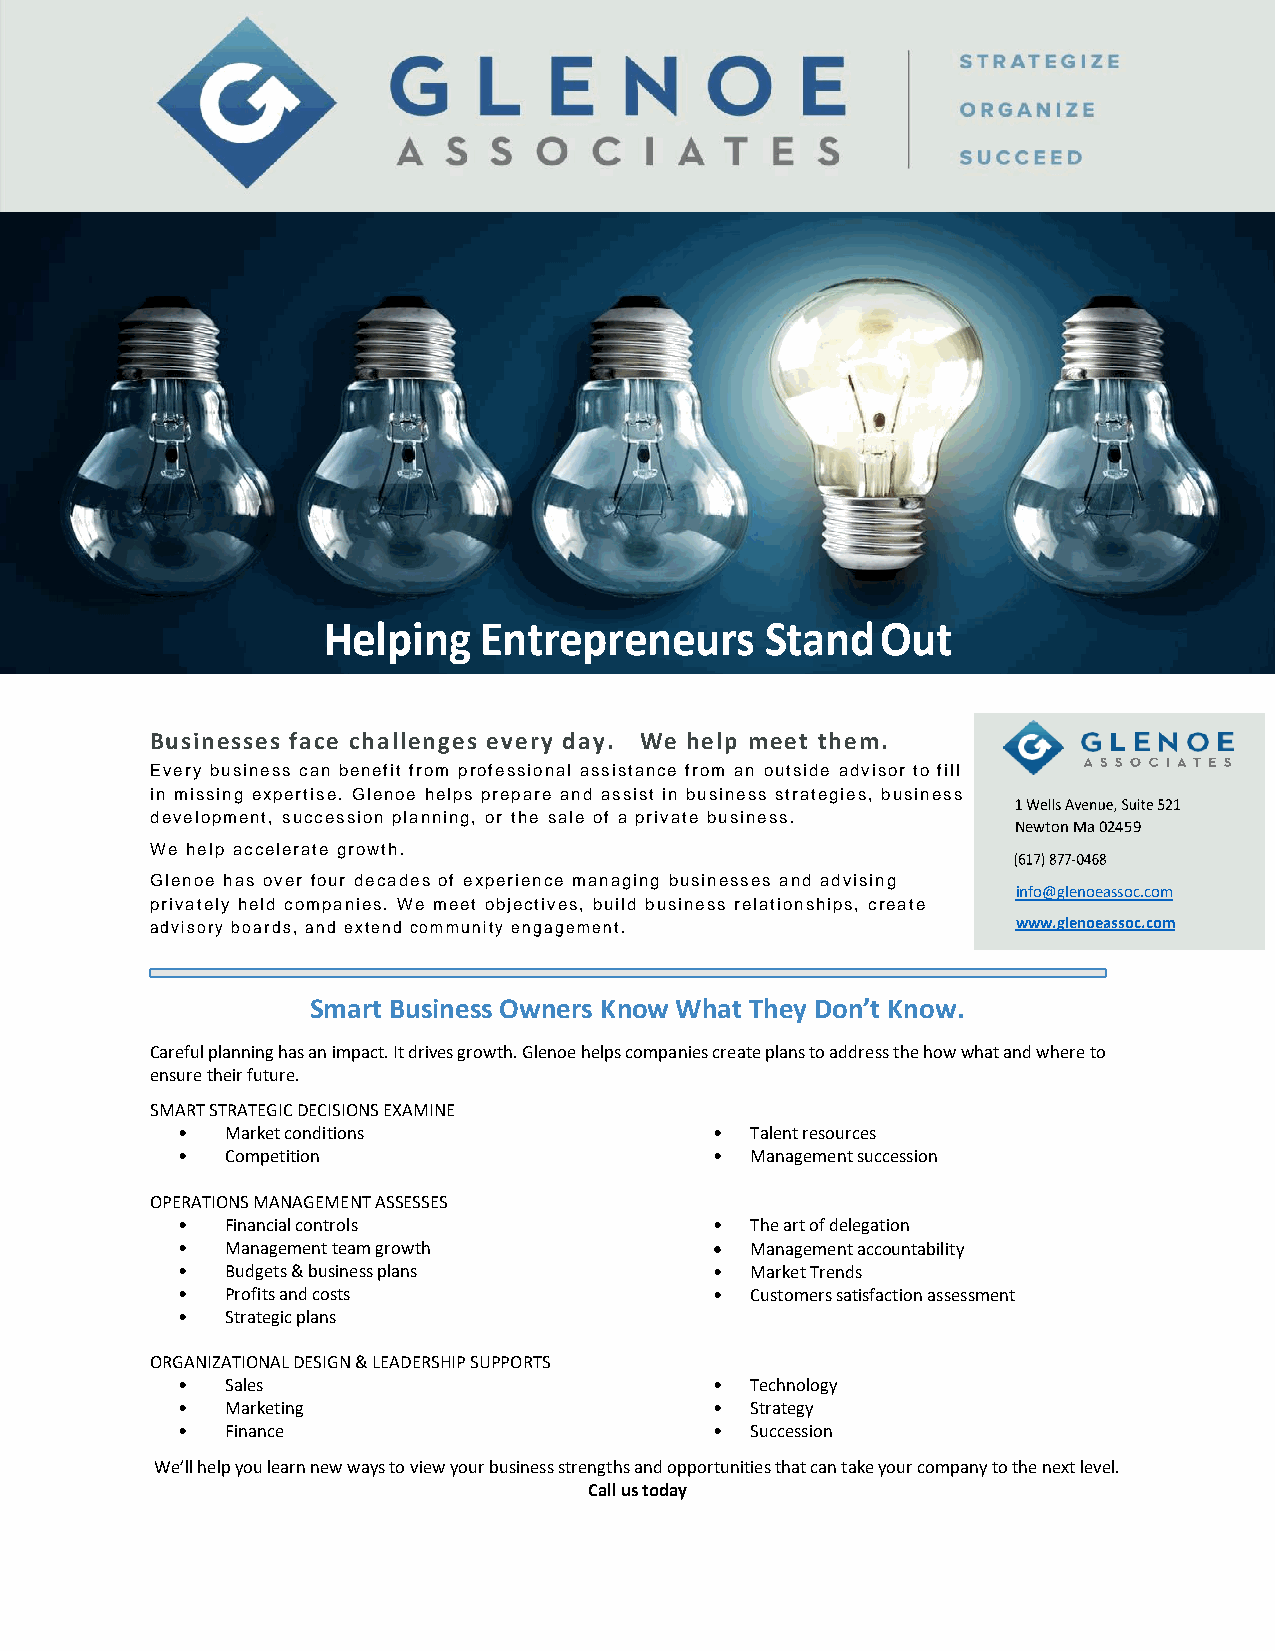
Helping    Entrepreneurs      Stand  Out
 Businesses face challenges every day. We help meet them.
 Every business can benefit from professional assistance from an outside advisor to fill
 in missing expertise. Glenoe helps prepare and assist in business strategies, business
 development, succession planning, or the sale of a private business.
 Newton Ma 02459
 We help accelerate growth.
 Glenoe has over four decades of experience managing businesses and advising
 info@glenoeassoc.com
 privately held companies. We meet objectives, build business relationships, create
 advisory boards, and extend community engagement.        www.glenoeassoc.com
 Smart Business Owners Know What They Don’t Know.
 Careful planning has an impact. It drives growth. Glenoe helps companies create plans to address the how what and where to
 ensure their future.
 SMART STRATEGIC DECISIONS EXAMINE
 •  Market conditions               •  Talent resources
 •  Competition                     •  Management succession
 OPERATIONS MANAGEMENT ASSESSES
 •  Financial controls              •  The art of delegation
 •  Management team growth          •  Management accountability
 •  Budgets & business plans        •  Market Trends
 •  Profits and costs               •  Customers satisfaction assessment
 •  Strategic plans
 ORGANIZATIONAL DESIGN & LEADERSHIP SUPPORTS
 •  Sales                           •  Technology
 •  Marketing                       •  Strategy
 •  Finance                         •  Succession
 We’ll help you learn new ways to view your business strengths and opportunities that can take your company to the next level.
 Call us today